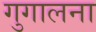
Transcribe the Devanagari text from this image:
गुगालना